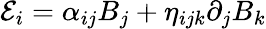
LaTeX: \mathcal{E}_{i}=\alpha_{ij}B_{j}+\eta_{ijk}\partial_{j}B_{k}